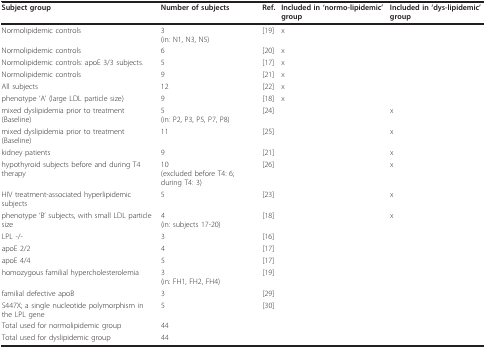
<table><thead><tr><td><b>Subject group</b></td><td><b>Number of subjects</b></td><td><b>Ref.</b></td><td><b>Included in &#x27;normo-lipidemic&#x27; group</b></td><td><b>Included in &#x27;dys-lipidemic&#x27; group</b></td></tr></thead><tbody><tr><td>Normolipidemic controls</td><td>3(in: N1, N3, N5)</td><td>[19]</td><td>x</td><td></td></tr><tr><td>Normolipidemic controls</td><td>6</td><td>[20]</td><td>x</td><td></td></tr><tr><td>Normolipidemic controls: apoE 3/3 subjects.</td><td>5</td><td>[17]</td><td>x</td><td></td></tr><tr><td>Normolipidemic controls</td><td>9</td><td>[21]</td><td>x</td><td></td></tr><tr><td>All subjects</td><td>12</td><td>[22]</td><td>x</td><td></td></tr><tr><td>phenotype &#x27;A&#x27; (large LDL particle size)</td><td>9</td><td>[18]</td><td>x</td><td></td></tr><tr><td>mixed dyslipidemia prior to treatment (Baseline)</td><td>5(in: P2, P3, P5, P7, P8)</td><td>[24]</td><td></td><td>x</td></tr><tr><td>mixed dyslipidemia prior to treatment (Baseline)</td><td>11</td><td>[25]</td><td></td><td>x</td></tr><tr><td>kidney patients</td><td>9</td><td>[21]</td><td></td><td>x</td></tr><tr><td>hypothyroid subjects before and during T4 therapy</td><td>10(excluded before T4: 6; during T4: 3)</td><td>[26]</td><td></td><td>x</td></tr><tr><td>HIV treatment-associated hyperlipidemic subjects</td><td>5</td><td>[23]</td><td></td><td>x</td></tr><tr><td>phenotype &#x27;B&#x27; subjects, with small LDL particle size</td><td>4(in: subjects 17-20)</td><td>[18]</td><td></td><td>x</td></tr><tr><td>LPL -/-</td><td>3</td><td>[16]</td><td></td><td></td></tr><tr><td>apoE 2/2</td><td>4</td><td>[17]</td><td></td><td></td></tr><tr><td>apoE 4/4</td><td>5</td><td>[17]</td><td></td><td></td></tr><tr><td>homozygous familial hypercholesterolemia</td><td>3(in: FH1, FH2, FH4)</td><td>[19]</td><td></td><td></td></tr><tr><td>familial defective apoB</td><td>3</td><td>[29]</td><td></td><td></td></tr><tr><td>S447X; a single nucleotide polymorphism in the LPL gene</td><td>5</td><td>[30]</td><td></td><td></td></tr><tr><td>Total used for normolipidemic group</td><td>44</td><td></td><td></td><td></td></tr><tr><td>Total used for dyslipidemic group</td><td>44</td><td></td><td></td><td></td></tr></tbody></table>